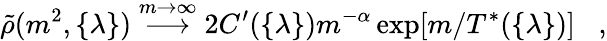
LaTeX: \tilde{\rho}(m^{2},\{ \lambda\} )\stackrel{m\rightarrow\infty}{\longrightarrow}2C^{\prime}(\{ \lambda\} )m^{-\alpha}\exp[m/T^{*}(\{ \lambda\} )]\; \; \; ,